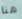
هنا